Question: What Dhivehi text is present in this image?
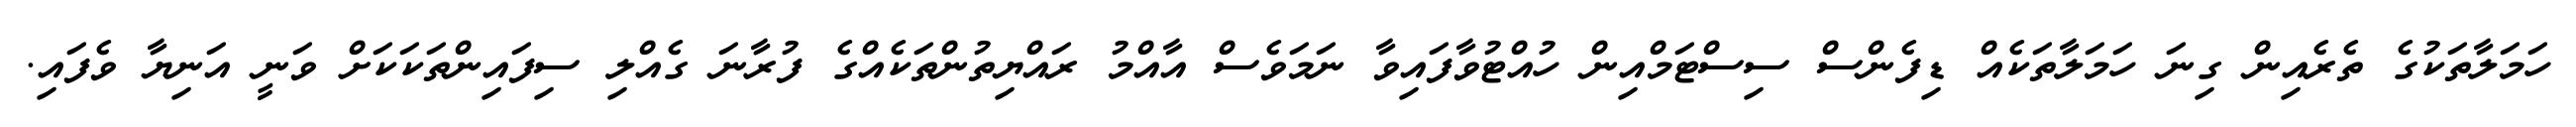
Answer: ހަމަލާތަކުގެ ތެރެއިން ގިނަ ހަމަލާތަކެއް ޑިފެންސް ސިސްޓަމްއިން ހުއްޓުވާފައިވާ ނަމަވެސް އާއްމު ރައްޔިތުންތަކެއްގެ ފުރާނަ ގެއްލި ސިފައިންތަކަކަށް ވަނީ އަނިޔާ ވެފައި.